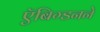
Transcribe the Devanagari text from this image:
ऍबिग्डनने